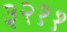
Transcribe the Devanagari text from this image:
३२११